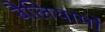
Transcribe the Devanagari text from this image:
बैलियामो